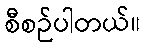
စီစဉ်ပါတယ်။